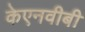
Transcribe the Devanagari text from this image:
केएनवीबी